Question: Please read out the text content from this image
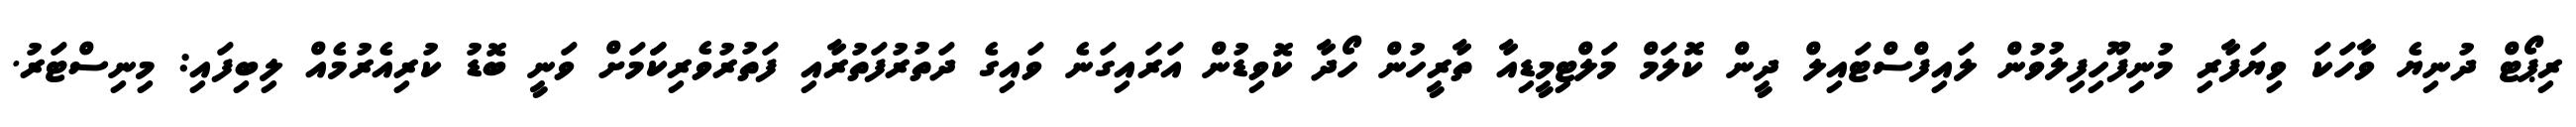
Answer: ރިޕޯޓް ދުނިޔެ ވާހަކަ ވިޔަފާރި މުނިފޫހިފިލުވުން ލައިފްސްޓައިލް ދީން ކޮލަމް މަލްޓިމީޑިއާ ތާރީހުން ހޯދާ ކޮވިޑުން އަރައިގަނެ ވައިގެ ދަތުރުފަތުރާއި ފަތުރުވެރިކަަމަށް ވަނީ ބޮޑު ކުރިއެރުމެއް ލިބިފައި: މިނިސްޓަރު.